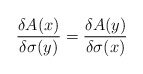
\begin{align*}\frac{\delta A(x)}{\delta\sigma(y)} =\frac{\delta A(y)}{\delta\sigma(x)}\end{align*}